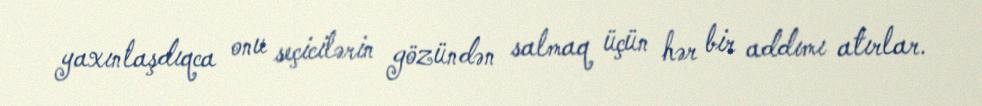
yaxınlaşdıqca onu seçicilərin gözündən salmaq üçün hər bir addımı atırlar.